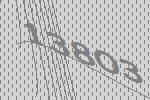
13803